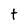
Character: t